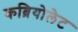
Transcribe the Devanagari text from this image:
कब्रियोलेट